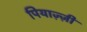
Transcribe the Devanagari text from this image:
पियाज़्ज़ी